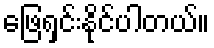
ဖြေရှင်းနိုင်ပါတယ်။